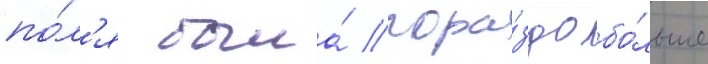
по́л'я была́ гора́здо бо́льше